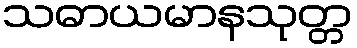
သဓာယမာနသုတ္တ